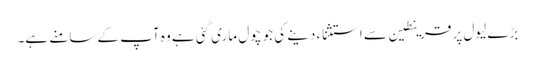
بڑے لیول پر قرینطین سے استثناء دینے کی جو چول ماری گئی ہے وہ آپ کے سامنے ہے۔